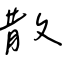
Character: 散